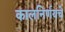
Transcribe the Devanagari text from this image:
कालनिर्णयचे